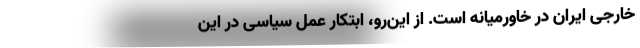
خارجی ایران در خاورمیانه است. از این‌رو، ابتکارِ عمل سیاسی در این